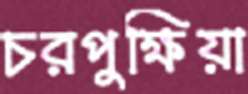
চরপুক্ষিয়া